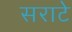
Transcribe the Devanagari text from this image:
सराटे